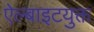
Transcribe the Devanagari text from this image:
ऐल्बाइटयुक्त